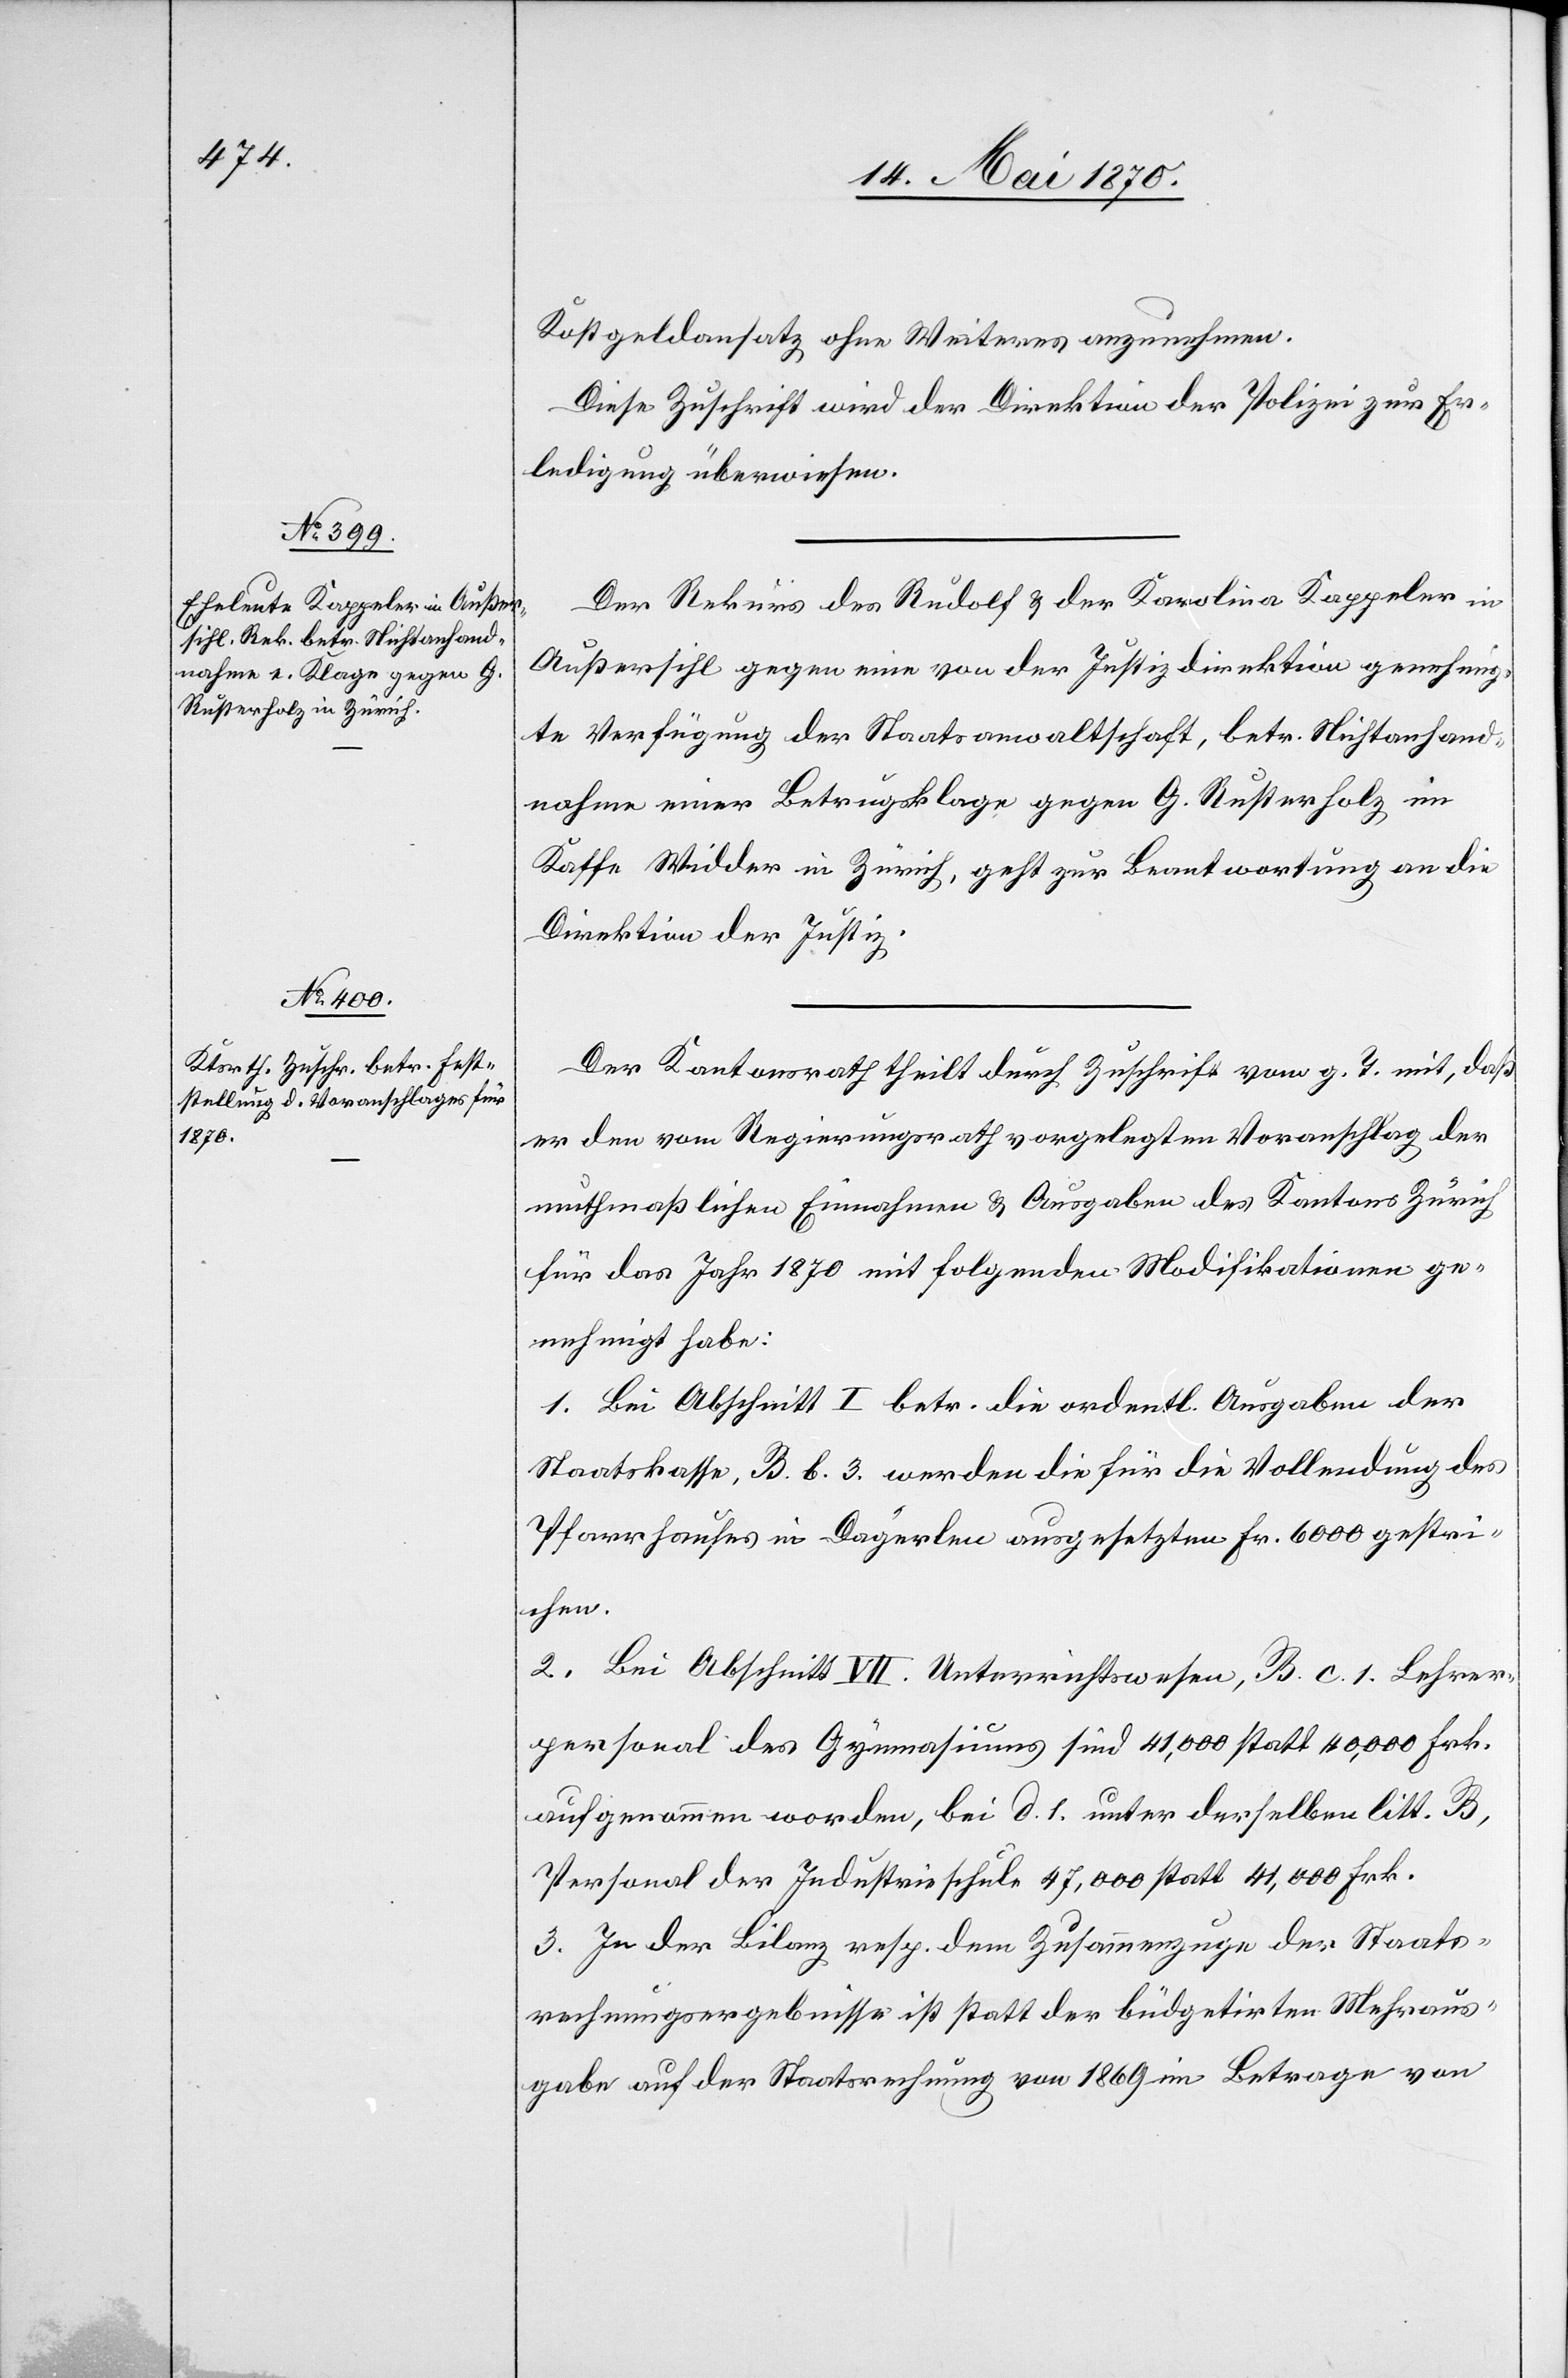
17. Mai 1870.]
Kostgeldansatz ohne Weiteres anzunehmen.
Diese Zuschrift wird der Direktion der Polizei zur Er¬
ledigung überwiesen.
Der Rekurs des Rudolf & der Karolina Kappeler in
Außersihl gegen eine von der Justizdirektion genehmig¬
te Verfügung der Staatsanwaltschaft, betr. Nichtanhand¬
nahme einer Betrugsklage gegen G. Rusterholz im
[sic!] Widder in Zürich, geht zur Beantwortung an die
Direktion der Justiz.
Der Kantonsrath theilt durch Zuschrift vom g. T. mit, daß
er den vom Regierungsrath vorgelegten Voranschlag der
muthmaßlichen Einnahmen & Ausgaben des Kantons Zürich
für das Jahr 1870 mit folgenden Modifikationen ge¬
nehmigt habe:
1. Bei Abschnitt I betr. die ordentl. Ausgaben der
Staatskasse, B. b. 3. werden die für die Vollendung des
Pfarrhauses in Dägerlen ausgesetzten Fr. 6000 gestri¬
chen.
2. Bei Abschnitt VII. Unterrichtswesen, B. c. 1. Lehrer¬
personal des Gymnasiums sind 41,000 statt 40,000 Frk.
aufgenommen worden, bei d. 1. unter derselben litt. B,
Personal der Industrieschule 47,000 statt 41,000 Frk.
3. In der Bilanz resp. dem Zusammenzuge der Staats¬
rechnungsergebnisse ist statt der büdgetirten Mehraus¬
gabe auf der Staatsrechnung von 1869 im Betrage von